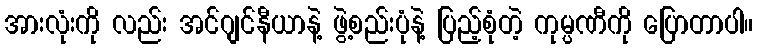
အားလုံးကို လည်း အင်ဂျင်နီယာနဲ့ ဖွဲ့စည်းပုံနဲ့ ပြည့်စုံတဲ့ ကုမ္ပဏီကို ပြောတာပါ။